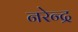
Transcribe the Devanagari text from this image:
नरेेन्द्र